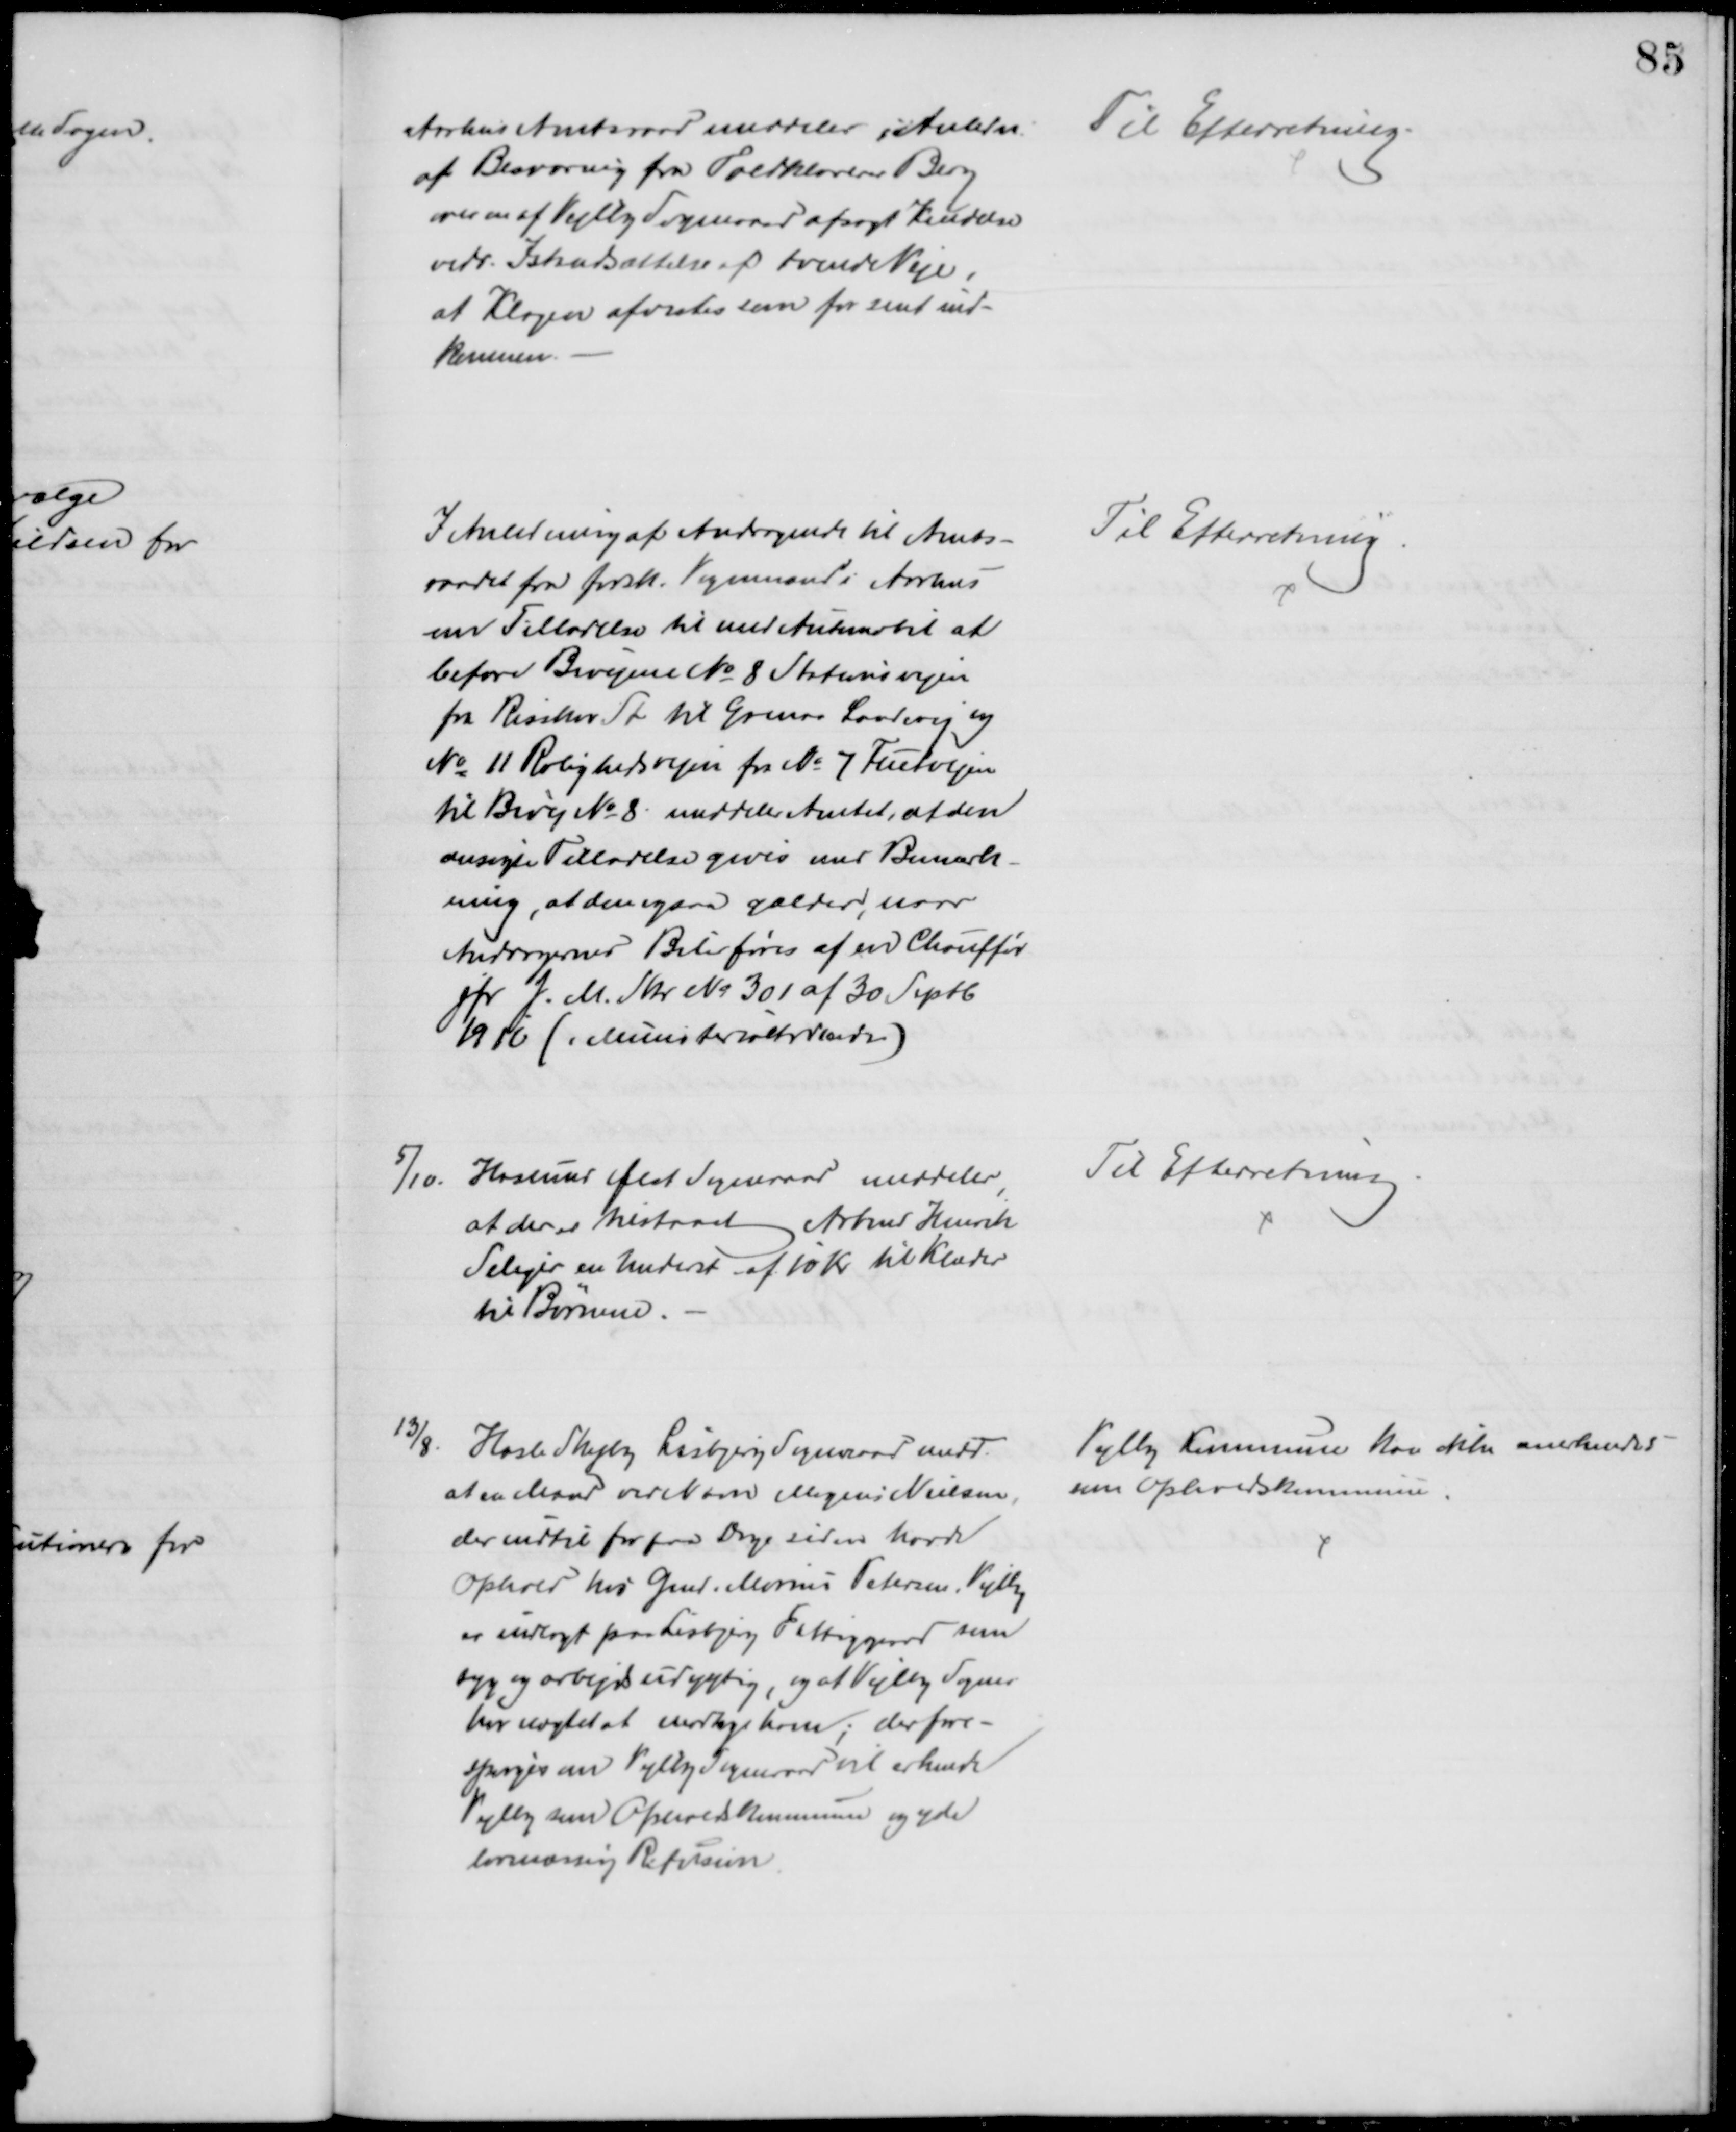
Transskription:
Aarhus Amtsraad meddeler i Anledn.
af Besværing fra Toldklarerer Berg
over en af Vejlby Sogneraad afsagt Kendelse
vedr. Istandsættelse af tvende Veje,
at Klagen afvistes som for sent ind-
kommen.
Til Efterretning.
I Anledning af Andragende til Amts-
raadet fra forsk. Vognmænd i Aarhus
om Tilladelse til med Automobil at 
befærde Bivejene № 8 Stationsvejen
fra Risskov St. til Grenaa Landevej og
№ 11 Rolighedsvejen fra № 7 Fuetvejen
til Bivej № 8. meddeler Amtet, at den
ansøgte Tilladelse gives med Bemærk-
ning, at den ogsaa gælder, naar
Andragernes Biler føres af en Chauffør
jfr J. M. Skr. № 301 af 30 Septb
1910 (i Ministerialtidende)
Til Efterretning
5/10. Haslund Ølst Sogneraad meddeler,
at der er tilstaaet Arbmd Henrik
Seliger en Underst af 10 Kr. til Klæder
til Børnene.
Til Efterretning
13/8.
Hasle Skejby Lisbjerg Sogneraad medd.
at en Mand ved Navn Mogens Nielsen,
der indtil for faa Dage siden havde
Ophold hos Gmd. Marius Petersen, Vejlby
er indlagt paa Lisbjerg Fattiggaard som
syg og arbejdsudygtig, og at Vejlby Sogner
har nægtet at modtage ham; der fore-
spørges om Vejlby Sogneraad vil erkende
Vejlby som Opholdskommune og yde
lovmæssig Refusion.
Vejlby Kommune kan ikke anerkendes
som Opholdskommune